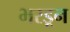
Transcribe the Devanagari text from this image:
भरडून